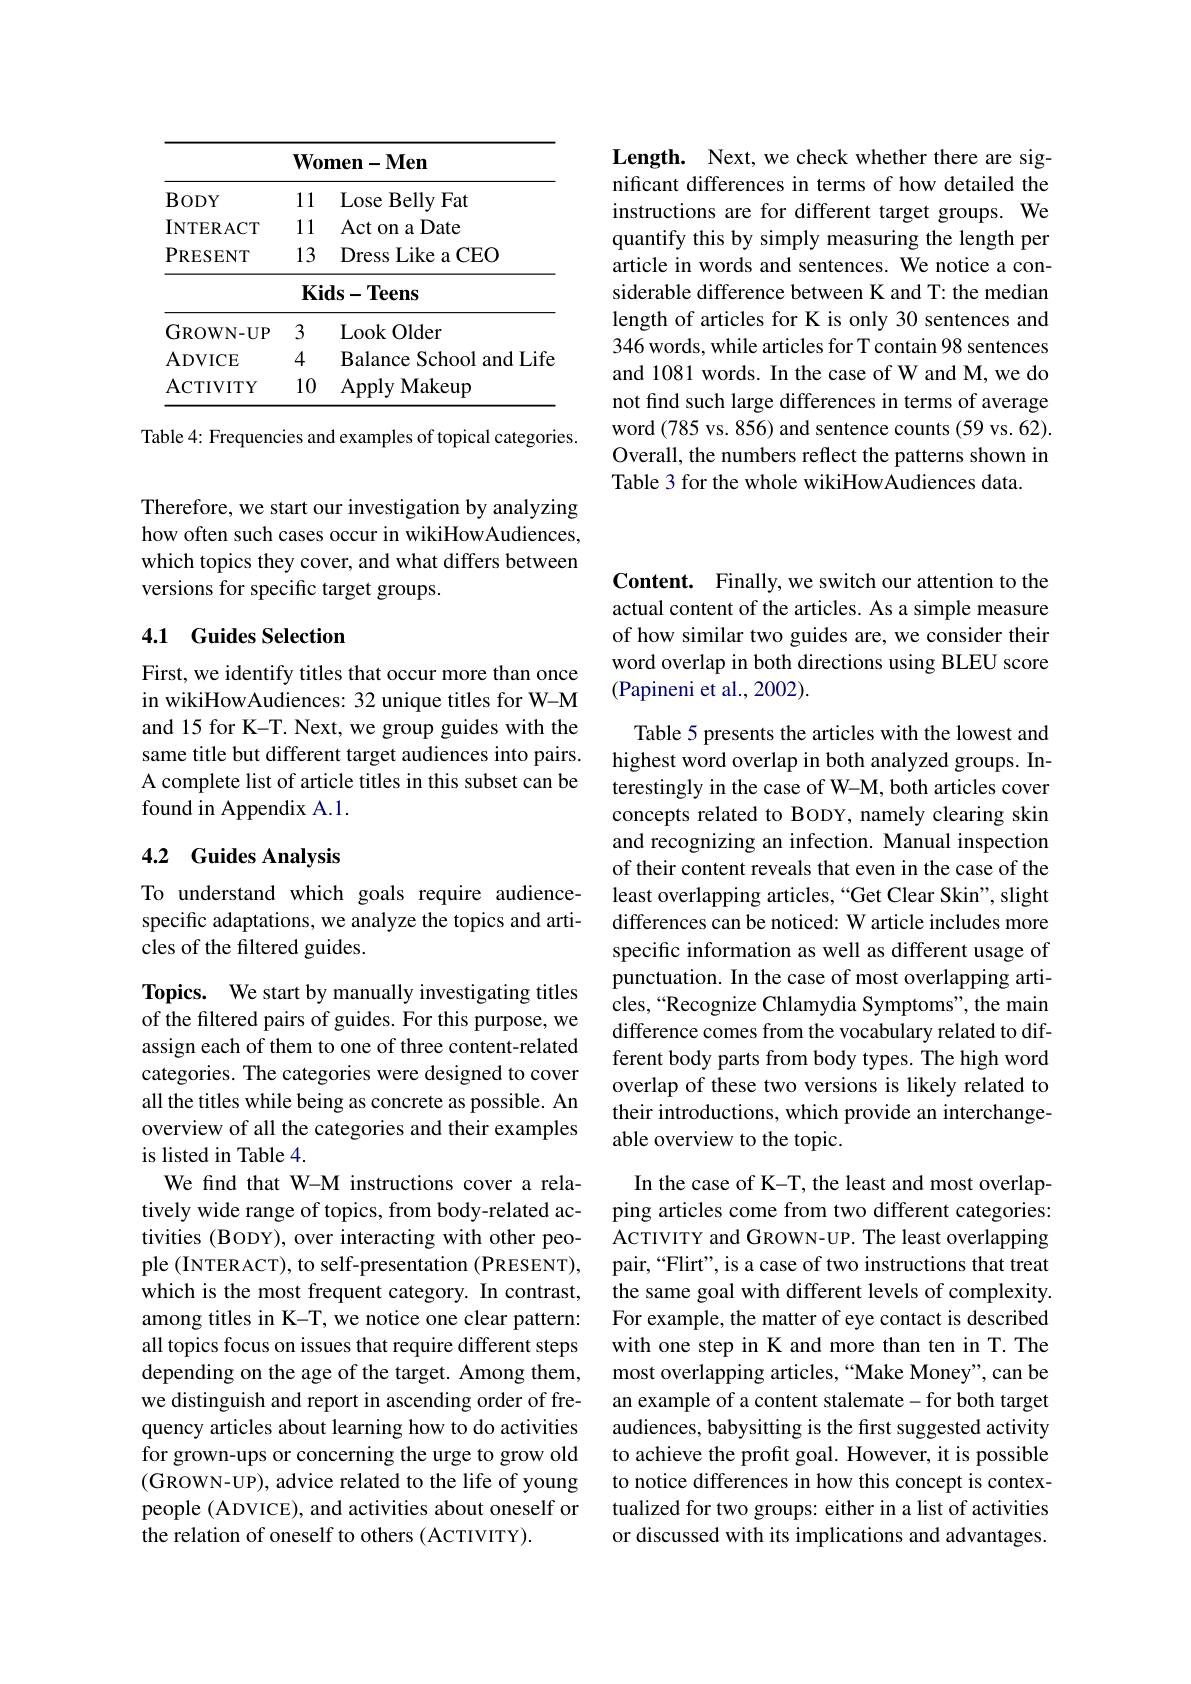
Length. Next, we check whether there are significant differences in terms of how detailed the instructions are for different target groups. We quantify this by simply measuring the length per article in words and sentences. We notice a considerable difference between K and T: the median length of articles for K is only 30 sentences and 346 words, while articles for T contain 98 sentences and 1081 words. In the case of W and M, we do not find such large differences in terms of average word (785 vs. 856) and sentence counts (59 vs. 62). Overall, the numbers reflect the patterns shown in Table 3 for the whole wikiHowAudiences data.

<table>
	<tbody>
		<tr>
			<th> </th>
			<th>Woi</th>
			<th>$\mathbf{omen-Men}$</th>
		</tr>
		<tr>
			<td>$BODY$</td>
			<td>11 1 </td>
			<td>Lose Belly Fat</td>
		</tr>
		<tr>
			<td>INTERACT</td>
			<td>11 </td>
			<td>Act on a Date</td>
		</tr>
		<tr>
			<td>PRESENT</td>
			<td>13</td>
			<td>Dress Like a CEO</td>
		</tr>
		<tr>
			<td> </td>
			<td>Kic</td>
			<td>$\mathbf{Kids-Teens}$</td>
		</tr>
		<tr>
			<td>GROWN- UP</td>
			<td>3</td>
			<td>Look Older</td>
		</tr>
		<tr>
			<td>ADVICE</td>
			<td>4</td>
			<td>Balance School and Life</td>
		</tr>
		<tr>
			<td>ACTIVITY</td>
			<td>10</td>
			<td>ApplyM Makeup</td>
		</tr>
	</tbody>
</table>

Table 4: Frequencies and examples of topical categories.

Therefore, we start our investigation by analyzing how often such cases occur in wikiHowAudiences, which topics they cover, and what differs between versions for specific target groups.

## 4.1 Guides Selection

First, we identify titles that occur more than once in wikiHowAudiences: 32 unique titles for W-M and 15 for K-T. Next, we group guides with the same title but different target audiences into pairs. A complete list of article titles in this subset can be found in Appendix A.1.

## 4.2 Guides Analysis

To understand which goals require audiencespecific adaptations, we analyze the topics and articles of the filtered guides.

Topics. We start by manually investigating titles of the filtered pairs of guides. For this purpose, we assign each of them to one of three content-related categories. The categories were designed to cover all the titles while being as concrete as possible. An overview of all the categories and their examples is listed in Table 4.
We find that W-M instructions cover a relatively wide range of topics, from body-related activities (BODY), over interacting with other people (INTERACT), to self-presentation (PRESENT), which is the most frequent category. In contrast, among titles in K-T, we notice one clear pattern: all topics focus on issues that require different steps depending on the age of the target. Among them, we distinguish and report in ascending order of frequency articles about learning how to do activities for grown-ups or concerning the urge to grow old $(\bar{\mathrm{GROWN-UP}})$, advice related to the life of young people (ADVICE), and activities about oneself or the relation of oneself to others (ACTIVITY).

Content. Finally, we switch our attention to the actual content of the articles. As a simple measure of how similar two guides are, we consider their word overlap in both directions using BLEU score (Papineni et al., 2002).

Table 5 presents the articles with the lowest and highest word overlap in both analyzed groups. Interestingly in the case of W-M, both articles cover concepts related to BODY, namely clearing skin and recognizing an infection. Manual inspection of their content reveals that even in the case of the least overlapping articles,“Get Clear Skin", slight differences can be noticed: W article includes more specific information as well as different usage of punctuation. In the case of most overlapping articles,“Recognize Chlamydia Symptoms", the main difference comes from the vocabulary related to different body parts from body types. The high word overlap of these two versions is likely related to their introductions, which provide an interchangeable overview to the topic.

In the case of K-T, the least and most overlapping articles come from two different categories: ACTIVITY and GROWN-UP. The least overlapping pair,“Flirt”, is a case of two instructions that treat the same goal with different levels of complexity. For example, the matter of eye contact is described with one step in K and more than ten in T. The most overlapping articles,“Make Money”, can be an example of a content stalemate-for both target audiences, babysitting is the first suggested activity to achieve the profit goal. However, it is possible to notice differences in how this concept is contextualized for two groups: either in a list of activities or discussed with its implications and advantages.